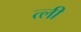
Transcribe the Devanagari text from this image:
त्ली